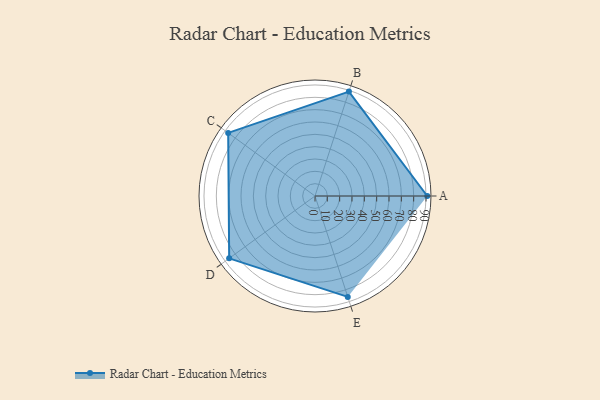
{"axis": {"x": "Skill", "y": "Score"}, "legend": ["Profile"], "data": [{"x": "A", "y": 91.0, "type": "Profile"}, {"x": "B", "y": 89.0, "type": "Profile"}, {"x": "C", "y": 87.0, "type": "Profile"}, {"x": "D", "y": 86.0, "type": "Profile"}, {"x": "E", "y": 86.0, "type": "Profile"}]}